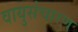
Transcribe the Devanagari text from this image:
वायुसंचारण